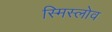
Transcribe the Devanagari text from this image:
स्मिस्लोव